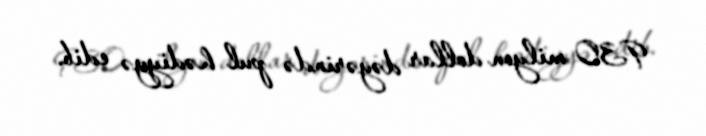
930 milyon dollar dəyərində pul hədiyyə edib.